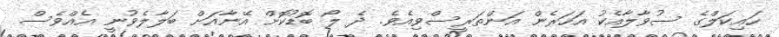
ހައިކަލްގެ ސުވާލާއެކު އަހަރެން އަންތަރީސްވިއެވެ. ދެ ލޯ ބޮޑުކޮށް އޭނާއަށް ބަލާލެވުނީ އެއްވެސް